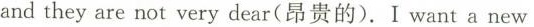
and they are not very dear(昂贵的).I want a new